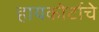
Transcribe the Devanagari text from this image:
हायकोर्टाचे